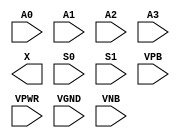
module sky130_fd_sc_ls__mux4 (
    //# {{data|Data Signals}}
    input  A0  ,
    input  A1  ,
    input  A2  ,
    input  A3  ,
    output X   ,

    //# {{control|Control Signals}}
    input  S0  ,
    input  S1  ,

    //# {{power|Power}}
    input  VPB ,
    input  VPWR,
    input  VGND,
    input  VNB
);
endmodule